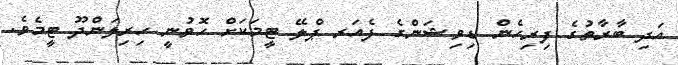
އަދި ބާރާތުގެ ފިރިހެން ޑިވިޝަންގެ ފެއަރ ޕްލޭ ޓީމަކަށް ހޮވުނީ ހިރިލަންދޫ ޓީމެވެ.